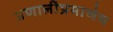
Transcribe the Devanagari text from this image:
प्रणालींप्रमाणेच